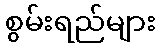
စွမ်းရည်များ